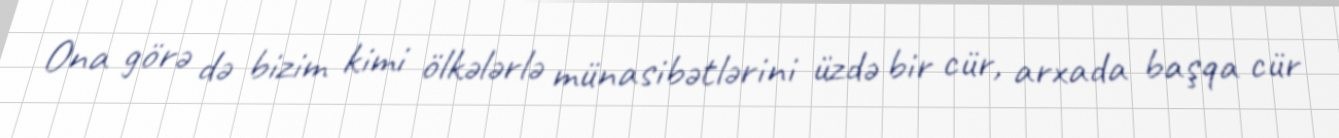
Ona görə də bizim kimi ölkələrlə münasibətlərini üzdə bir cür, arxada başqa cür